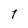
Character: 1